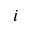
i